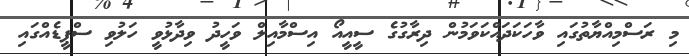
މި ރަސްމިއްޔާތުގައި ވާހަކަދައްކަވަމުން ދިރާގުގެ ސީއީއޯ އިސްމާއިލް ވަހީދު ވިދާޅުވީ ހަލުވި ސްޕީޑެއްގައި